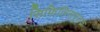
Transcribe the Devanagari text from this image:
सिफिलिसमूलक